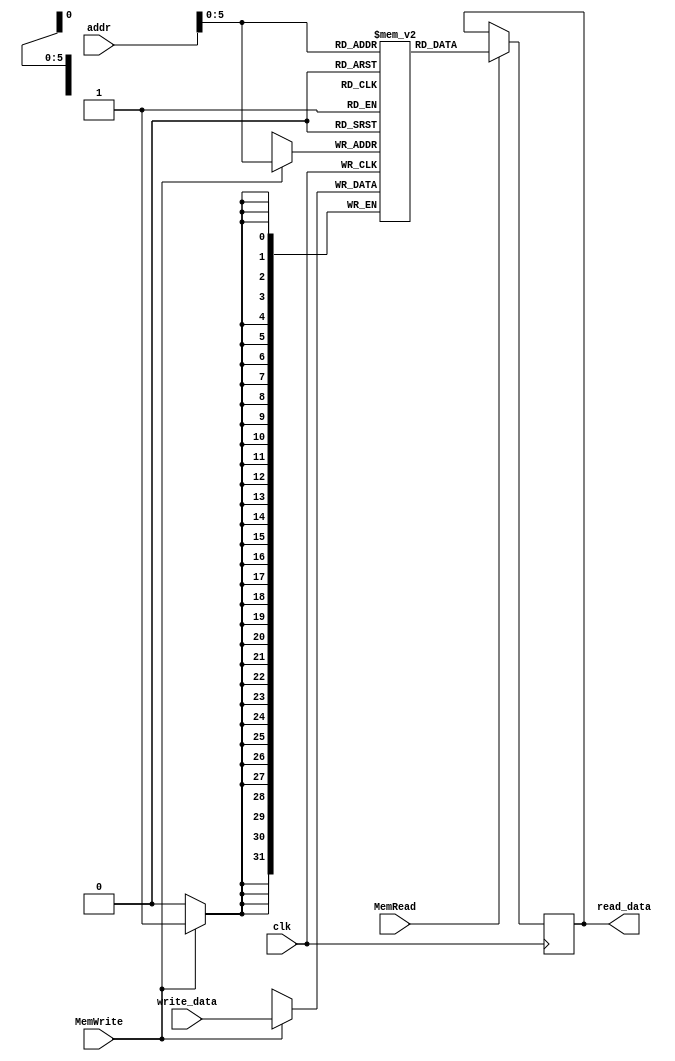
// Data Memory
// width: REG_BITS (32 or 16)
// height: 64 -> modify later
// word address
module Data_Memory(clk, MemRead, MemWrite, addr, write_data, read_data);
    parameter REG_BITS = 32;

    input clk;
    input MemRead, MemWrite;
    input [REG_BITS-1:0] addr, write_data;
    output reg [REG_BITS-1:0] read_data;

    reg [REG_BITS-1:0] dmem [63:0];

    always @(negedge clk) begin
        if (MemRead)
            read_data = dmem[addr];
        if (MemWrite)
            dmem[addr] = write_data;
    end

endmodule